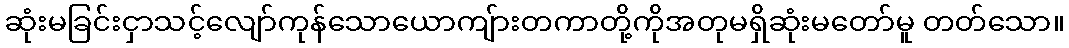
ဆုံးမခြင်းငှာသင့်လျော်ကုန်သောယောကျ်ားတကာတို့ကိုအတုမရှိဆုံးမတော်မူ တတ်သော။